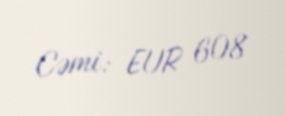
Cəmi: EUR 608